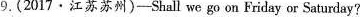
9.(2017·江苏苏州)——Shall we go on Friday or Saturday?